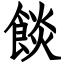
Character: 餤